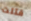
قتلت